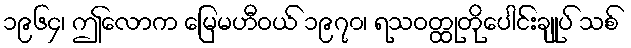
၁၉၆၄၊ ဤလောက မြေမဟီဝယ် ၁၉၇၀၊ ရသဝတ္ထုတိုပေါင်းချုပ် သစ်